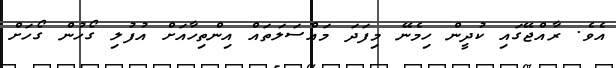
އެވެ. ރާއްޖޭގައި ކުދީން ހިމެނޭ މިފަދަ މައްސަލަތައް އިންތިހާއަށް އުފުލި ގޯހުން ގޯހަށް